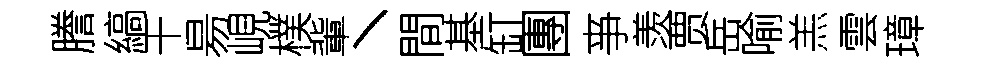
謄縞干昜峴樸軰丶間基缸團亊羡贾岳喻羔雲璋